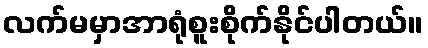
လက်မမှာအာရုံစူးစိုက်နိုင်ပါတယ်။